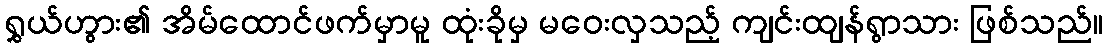
ရွှယ်ဟွား၏ အိမ်ထောင်ဖက်မှာမူ ထုံးခိုမှ မဝေးလှသည့် ကျင်းထျန်ရွာသား ဖြစ်သည်။